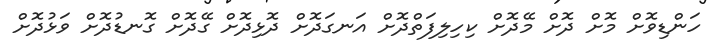
ހަންޑިވޮށް މޮށް ދޮށް މޭދޮށް ކިހިލިފަތްދޮށް އަނގަދޮށް ދޮޅިދޮށް ގޭދޮށް ގޮނޑުދޮށް ވަޅުދޮށް